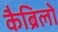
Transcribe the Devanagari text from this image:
कैब्रिलो